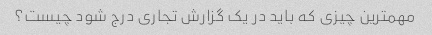
مهمترین چیزی که باید در یک گزارش تجاری درج شود چیست؟